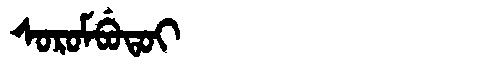
Manchu: ᠰᠣᡵᠣᠮᠪᡠᡨᠣᡳ
Romanization: SOROMBUTOI